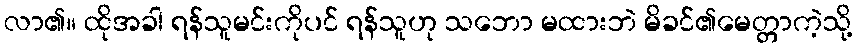
လာ၏။ ထိုအခါ ရန်သူမင်းကိုပင် ရန်သူဟု သဘော မထားဘဲ မိခင်၏မေတ္တာကဲ့သို့